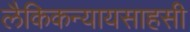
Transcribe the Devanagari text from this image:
लैकिकन्यायसाहसी